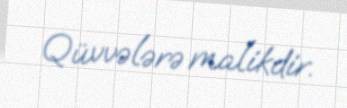
Qüvvələrə malikdir.